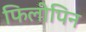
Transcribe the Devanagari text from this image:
फिलीपिन